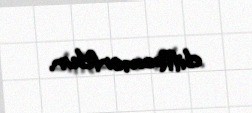
diffeomorfdur.